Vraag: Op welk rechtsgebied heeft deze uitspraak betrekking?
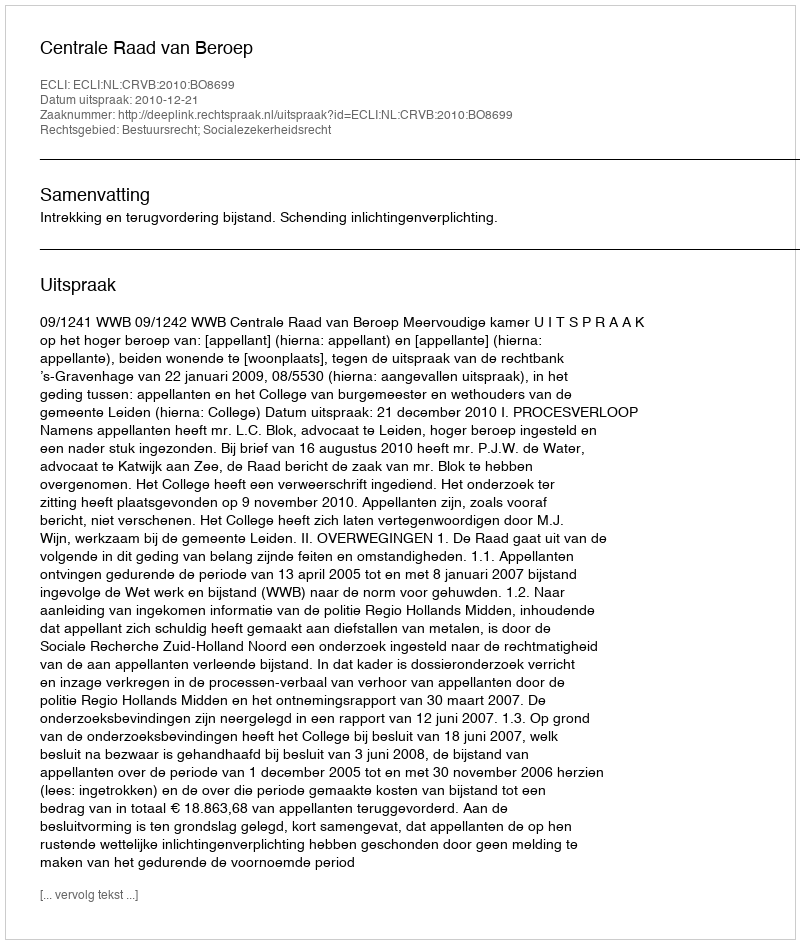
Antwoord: Bestuursrecht; Socialezekerheidsrecht